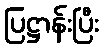
ပြဋ္ဌာန်းပြီး